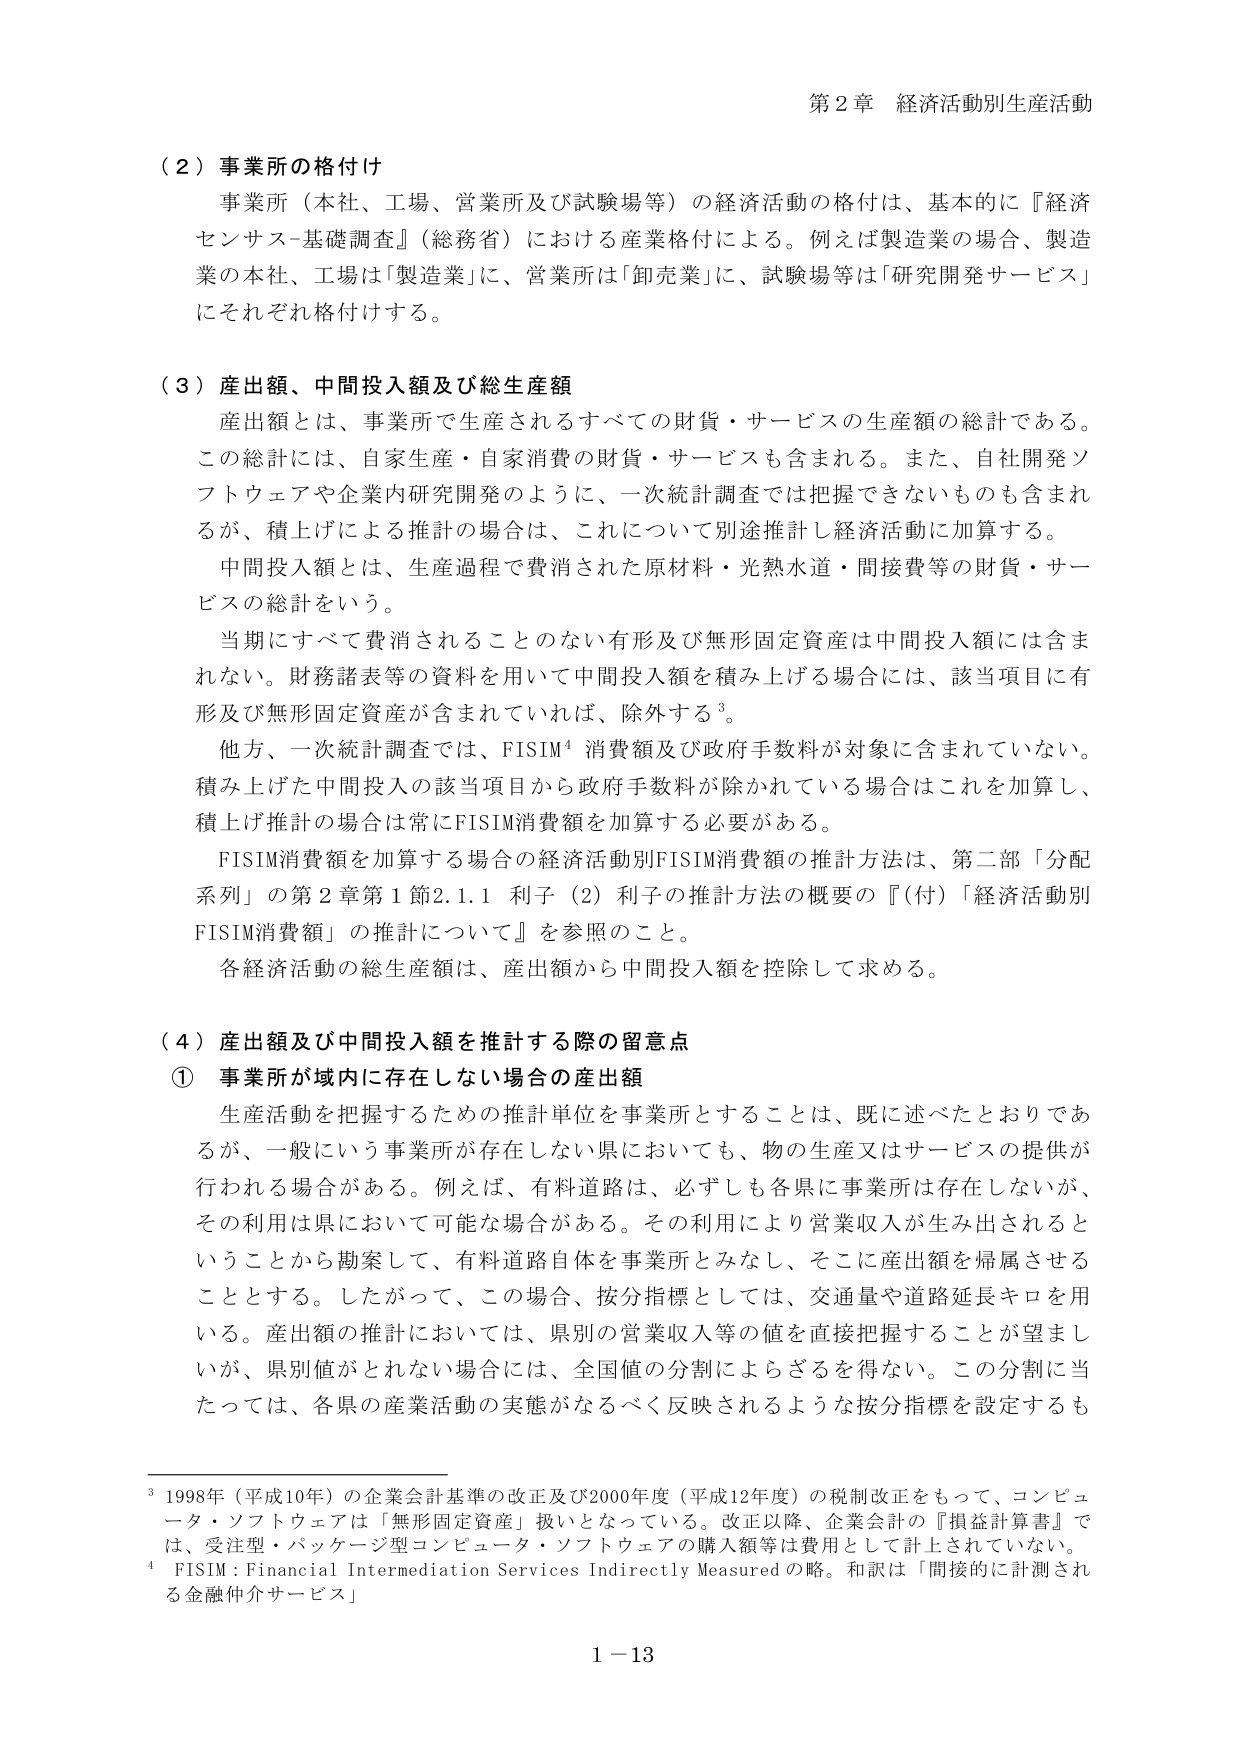
第２章 経済活動別生産活動

（２）事業所の格付け
事業所（本社、工場、営業所及び試験場等）の経済活動の格付けは、基本的に『経済センサス-基礎調査』（総務省）における産業格付による。例えば製造業の場合、製造業の本社、工場は「製造業」に、営業所は「卸売業」に、試験場等は「研究開発サービス」にそれぞれ格付けする。

（３）産出額、中間投入額及び総生産額
産出額とは、事業所で生産されるすべての財貨・サービスの生産額の総計である。この総計には、自家生産・自家消費の財貨・サービスも含まれる。また、自社開発ソフトウェアや企業内研究開発のように、一次統計調査では把握できないものも含まれるが、積上げによる推計の場合は、これについて別途推計し経済活動に加算する。
中間投入額とは、生産過程で費消された原材料・光熱水道・間接費等の財貨・サービスの総計をいう。
当期にすべて費消されることのない有形及び無形固定資産は中間投入額には含まれない。財務諸表等の資料を用いて中間投入額を積み上げる場合には、該当項目に有形及び無形固定資産が含まれていれば、除外する³。
他方、一次統計調査では、FISIM⁴消費額及び政府手数料が対象に含まれていない。積み上げた中間投入の該当項目から政府手数料が除かれている場合はこれを加算し、積上げ推計の場合は常にFISIM消費額を加算する必要がある。
FISIM消費額を加算する場合の経済活動別FISIM消費額の推計方法は、第二部「分配系列」の第２章第１節2.1.1 利子（2）利子の推計方法の概要の『（付）「経済活動別FISIM消費額」の推計について』を参照のこと。
各経済活動の総生産額は、産出額から中間投入額を控除して求める。

（４）産出額及び中間投入額を推計する際の留意点
① 事業所が域内に存在しない場合の産出額
生産活動を把握するための推計単位を事業所とすることは、既に述べたとおりであるが、一般にいう事業所が存在しない県においても、物の生産又はサービスの提供が行われる場合がある。例えば、有料道路は、必ずしも各県に事業所は存在しないが、その利用は県において可能な場合がある。その利用により営業収入が生み出されるということから勘案して、有料道路自体を事業所とみなし、そこに産出額を帰属させることとする。したがって、この場合、按分指標としては、交通量や道路延長キロを用いる。産出額の推計においては、県別の営業収入等の値を直接把握することが望ましいが、県別値がとれない場合には、全国値の分割によらざるを得ない。この分割に当たっては、各県の産業活動の実態がなるべく反映されるような按分指標を設定するも

³ 1998年（平成10年）の企業会計基準の改正及び2000年度（平成12年度）の税制改正をもって、コンピュータ・ソフトウェアは「無形固定資産」扱いとなっている。改正以降、企業会計の『損益計算書』では、受注型・パッケージ型コンピュータ・ソフトウェアの購入額等は費用として計上されていない。
⁴ FISIM：Financial Intermediation Services Indirectly Measured の略。和訳は「間接的に計測される金融仲介サービス」

1－13